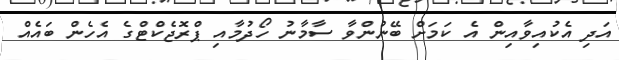
އަދި އެކުއިވާއިން އެ ކަމަށް ބޭނުންވާ ސާމާނު ހޯދުމާއި ޕްރޮޖެކްޓްގެ އެހެން ބައެއް